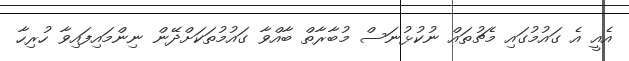
އެއީ އެ ގައުމުގައި މެޗުތައް ނުކުޅުނަސް މުބާރާތް ބާއްވާ ގައުމުތަކަށްދޭން ނިންމައިފައިވާ ހުރިހާ